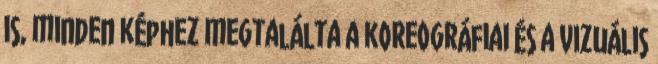
is, minden képhez megtalálta a koreográfiai és a vizuális